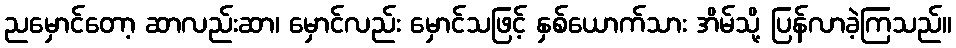
ညမှောင်တော့ ဆာလည်းဆာ၊ မှောင်လည်း မှောင်သဖြင့် နှစ်ယောက်သား အိမ်သို့ ပြန်လာခဲ့ကြသည်။